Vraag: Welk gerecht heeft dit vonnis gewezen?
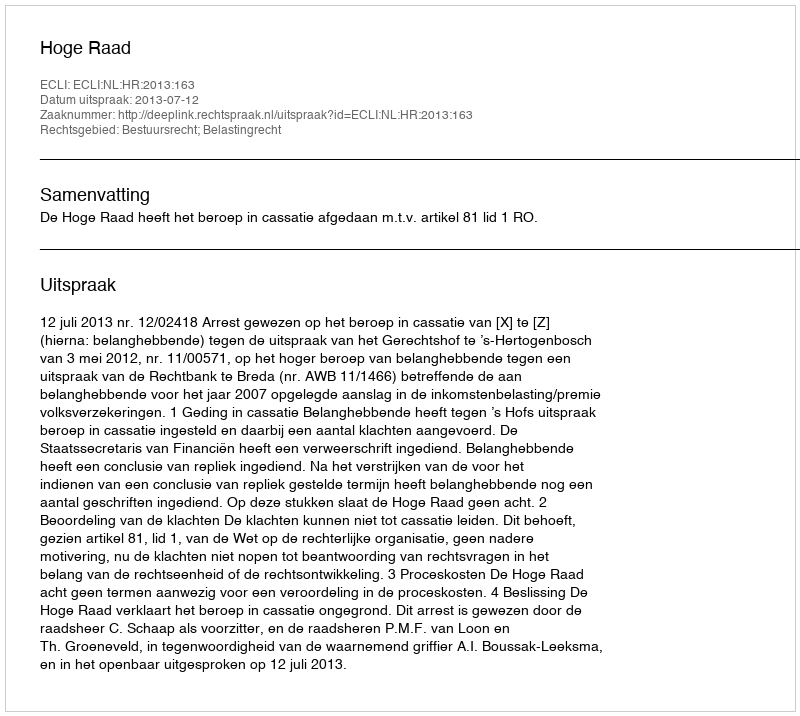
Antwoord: Hoge Raad